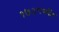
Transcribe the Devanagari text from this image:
१७३८पर्यंत